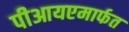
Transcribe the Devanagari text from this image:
पीआयएमार्फत